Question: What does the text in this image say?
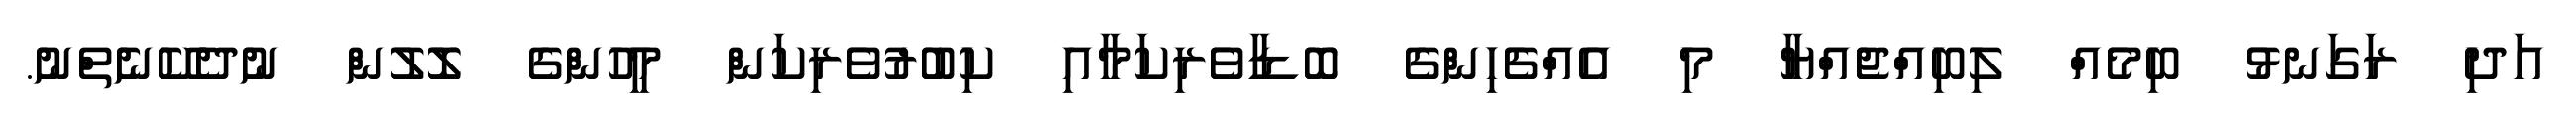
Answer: އަދި ރަގަނޅު ބިމެއް ލިބިއްޖެއްޔާ މި އެއްޗެހިންގެ ބޮޑާވެރިކަމާއި ކިބުރުވެރިކަން މީހުންގެ ލޮލުން ނުދެކޭނެތްނު.